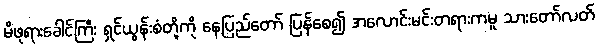
မိဖုရားခေါင်ကြီး ရှင်ယွန်းစံတို့ကို နေပြည်တော် ပြန်စေ၍ အလောင်းမင်းတရားကမူ သားတော်လတ်